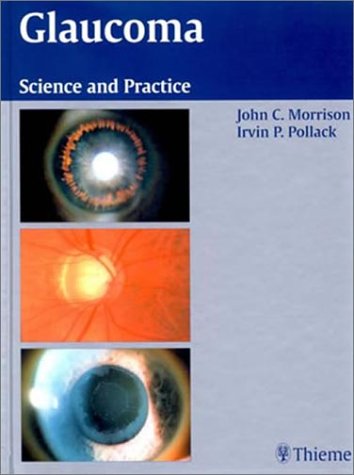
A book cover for Glaucoma: Science and Practice; John C. Morrison; Medical Books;